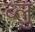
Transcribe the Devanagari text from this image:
ब्‍लु